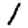
Digit: 1